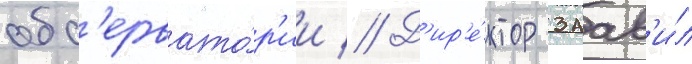
обс'ервато́р'ии // Д'ир'е́ктор заав'и́л